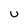
Character: u